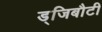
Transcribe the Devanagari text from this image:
ड्जिबौटी